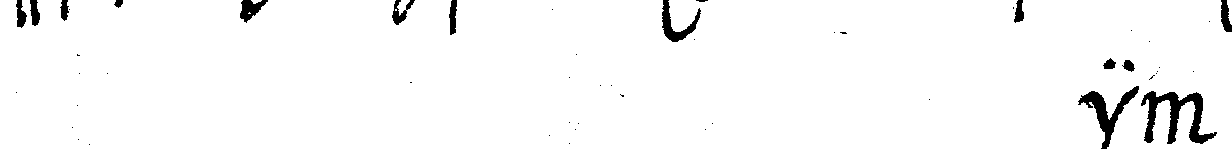
# in